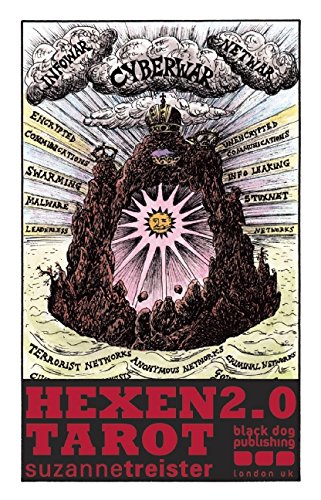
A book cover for Hexen 2.0 Tarot; Suzanne Treister; Arts & Photography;